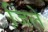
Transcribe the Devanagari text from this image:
जि़ले